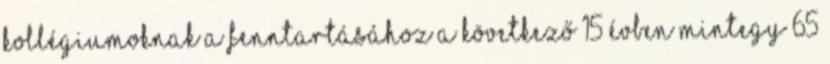
kollégiumoknak a fenntartásához a következő 15 évben mintegy 65